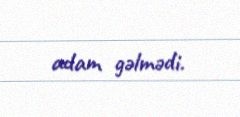
adam gəlmədi.